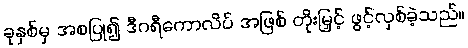
ခုနှစ်မှ အစပြု၍ ဒီဂရီကောလိပ် အဖြစ် တိုးမြှင့် ဖွင့်လှစ်ခဲ့သည်။